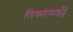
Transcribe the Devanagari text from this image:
लिफ्मोसाईट्चे